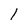
Character: l